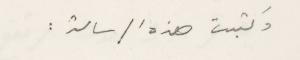
وكتبت هذه الرسالة :